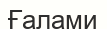
Ғалами